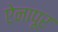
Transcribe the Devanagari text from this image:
ऐनापूर